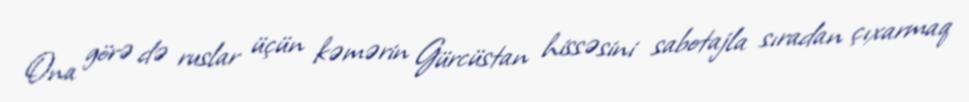
Ona görə də ruslar üçün kəmərin Gürcüstan hissəsini sabotajla sıradan çıxarmaq